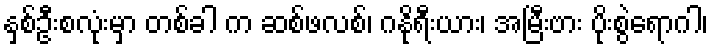
နှစ်ဦးစလုံးမှာ တစ်ခါ က ဆစ်ဖလစ်၊ ဂနိုရီးယား၊ အမြီးဗား ပိုးစွဲရောဂါ၊